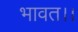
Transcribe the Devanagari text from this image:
भावत।।